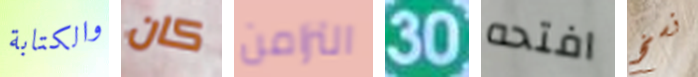
والكتابة كان التزامن 30 افتحه نسخ